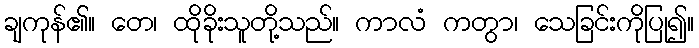
ချကုန်၏။ တေ၊ ထိုခိုးသူတို့သည်။ ကာလံ ကတွာ၊ သေခြင်းကိုပြု၍။